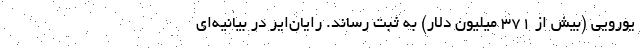
یورویی (بیش از ۳۷۱ میلیون دلار) به ثبت رساند. رایان‌ایر در بیانیه‌ای